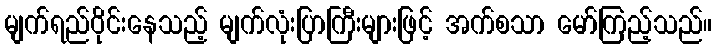
မျက်ရည်ဝိုင်းနေသည့် မျက်လုံးပြာကြီးများဖြင့် အက်စသာ မော်ကြည့်သည်။